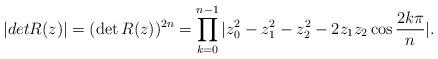
LaTeX: \begin{align*}|det R(z)|=(\det R(z))^{2n}=\prod_{k=0}^{n-1}|z_0^2-z_1^2-z_2^2-2z_1z_2\cos \frac{2k\pi}{n}|.\end{align*}